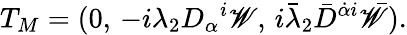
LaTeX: T_{M}=(0,\, -i\lambda_{2}D_{\alpha}{}^{i}\mathscr{W},\, i\bar{{\lambda}}_{2}\bar{{D}}^{\dot{{\alpha}}i}\bar{{\mathscr{W}}}).